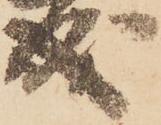
成